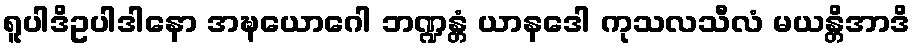
ရူပါဒိဥပါဒါနော အဍ္ဎယောဂေါ ဘဏ္ဍန္တံ ယာနဒေါ ကုသလသီလံ မယန္တိအာဒိ